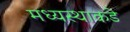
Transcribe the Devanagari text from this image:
मध्यस्थाकडे